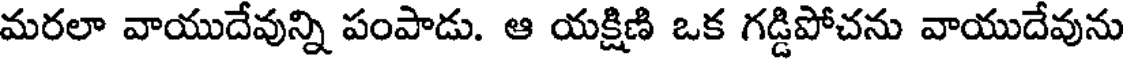
మరలా వాయుదేవున్ని పంపాడు. ఆ యక్షిణి ఒక గడ్డిపోచను వాయుదేవును